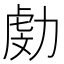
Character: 𠢍